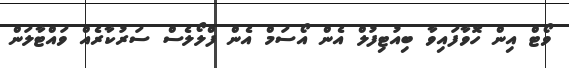
ވޯޓް އިން ހޮވާފައިވާ ބިއުޓިފުލް އެން އޯސަމް އެން ފްލޯލެސް ސަރުކާރެއް ވައްޓާލަން